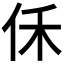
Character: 𪜰